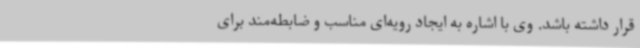
قرار داشته باشد. وی با اشاره به ایجاد رویه‌ای مناسب و ضابطه‌مند برای